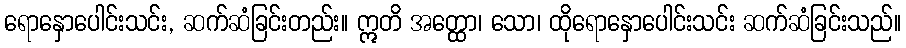
ရောနှောပေါင်းသင်း, ဆက်ဆံခြင်းတည်း။ ဣတိ အတ္ထော၊ သော၊ ထိုရောနှောပေါင်းသင်း ဆက်ဆံခြင်းသည်။